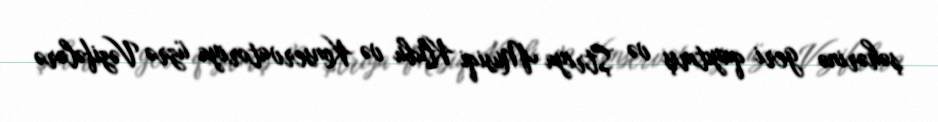
şəhərinə geri qayıtmış və Ştriya Musiqi Klubu və Konservatoriya üzrə Vəzifələrə